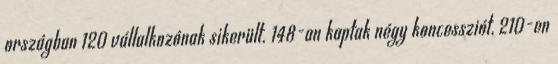
országban 120 vállalkozónak sikerült. 148-an kaptak négy koncessziót, 210-en